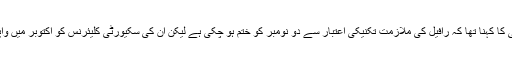
ترجمان جین ساکی کا کہنا تھا کہ رافیل کی ملازمت تکنیکی اعتبار سے دو نومبر کو ختم ہو چکی ہے لیکن ان کی سکیورٹی کلیئرنس کو اکتوبر میں واپس لے لیا گیا تھا۔